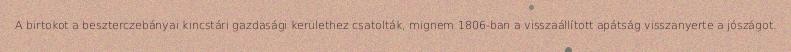
A birtokot a beszterczebányai kincstári gazdasági kerülethez csatolták, mignem 1806-ban a visszaállított apátság visszanyerte a jószágot.